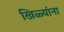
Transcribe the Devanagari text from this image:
खिळ्यांना